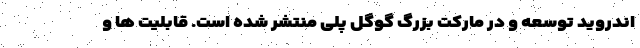
اندروید توسعه و در مارکت بزرگ گوگل پلی منتشر شده است. قابلیت ها و